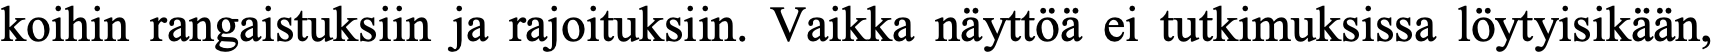
koihin rangaistuksiin ja rajoituksiin. Vaikka näyttöä ei tutkimuksissa löytyisikään,